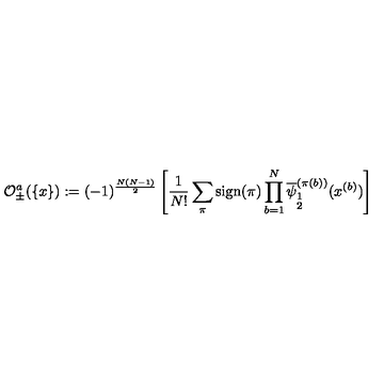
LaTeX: { \cal O } _ { \pm } ^ { a } ( \{ x \} ) : = ( - 1 ) ^ { \frac { N ( N - 1 ) } { 2 } } \left[ \frac { 1 } { N ! } \sum _ { \pi } \mathrm { s i g n } ( \pi ) \prod _ { b = 1 } ^ { N } \overline { { \psi } } _ { \stackrel { { \scriptstyle 1 } } { { \scriptstyle 2 } } } ^ { ( \pi ( b ) ) } ( x ^ { ( b ) } ) \right]